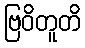
ဗြဝိတူတိ